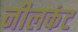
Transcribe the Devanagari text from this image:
नीलकंट